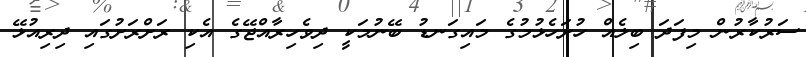
ސަރުކާރުން މިފަދަ ބިލެއް ހުށަހެޅުމުގެ މައިގަނޑު ބޭނުމަކީ ދިވެހިރާއްޖޭގެ އެކި ރަށްރަށުގައި ދިރިއުޅޭ